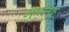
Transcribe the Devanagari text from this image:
गुएल्फ